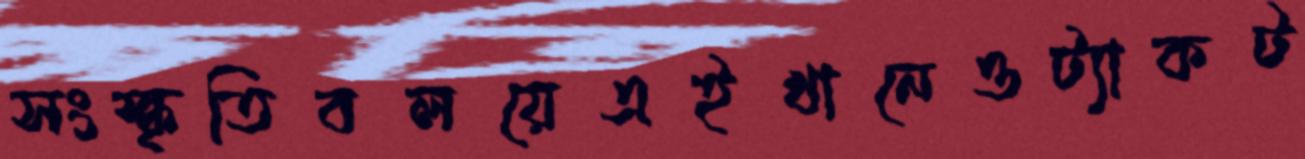
সংস্কৃতিবলয়েএইখানেওট্যাকট